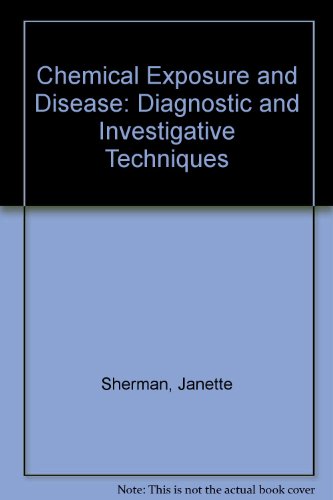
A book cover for Chemical Exposure and Disease: Diagnostic and Investigative Techniques; Janette D. Sherman; Medical Books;